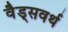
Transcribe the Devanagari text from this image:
वैड्सवर्थ